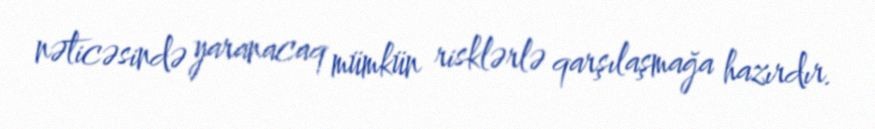
nəticəsində yaranacaq mümkün risklərlə qarşılaşmağa hazırdır.